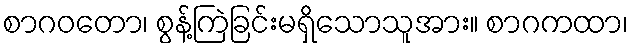
စာဂဝတော၊ စွန့်ကြဲခြင်းမရှိသောသူအား။ စာဂကထာ၊